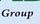
group